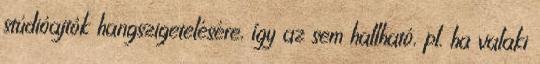
stúdióajtók hangszigetelésére, így az sem hallható, pl. ha valaki